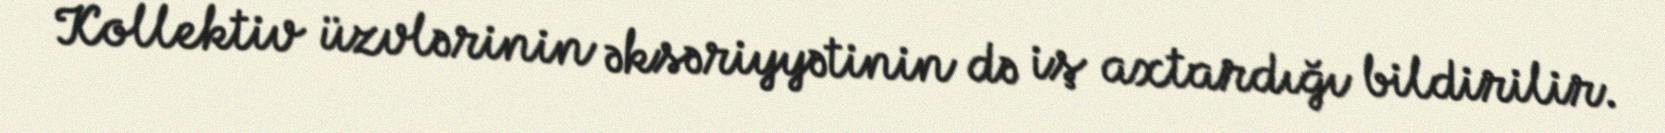
Kollektiv üzvlərinin əksəriyyətinin də iş axtardığı bildirilir.